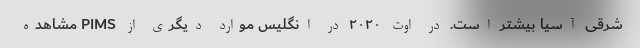
شرقی آسیا بیشتر است. در اوت ۲۰۲۰ در انگلیس موارد دیگری از PIMS مشاهده